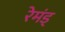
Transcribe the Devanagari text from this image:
रेमंड्